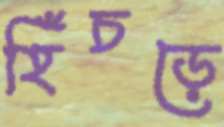
হিঁচড়ে